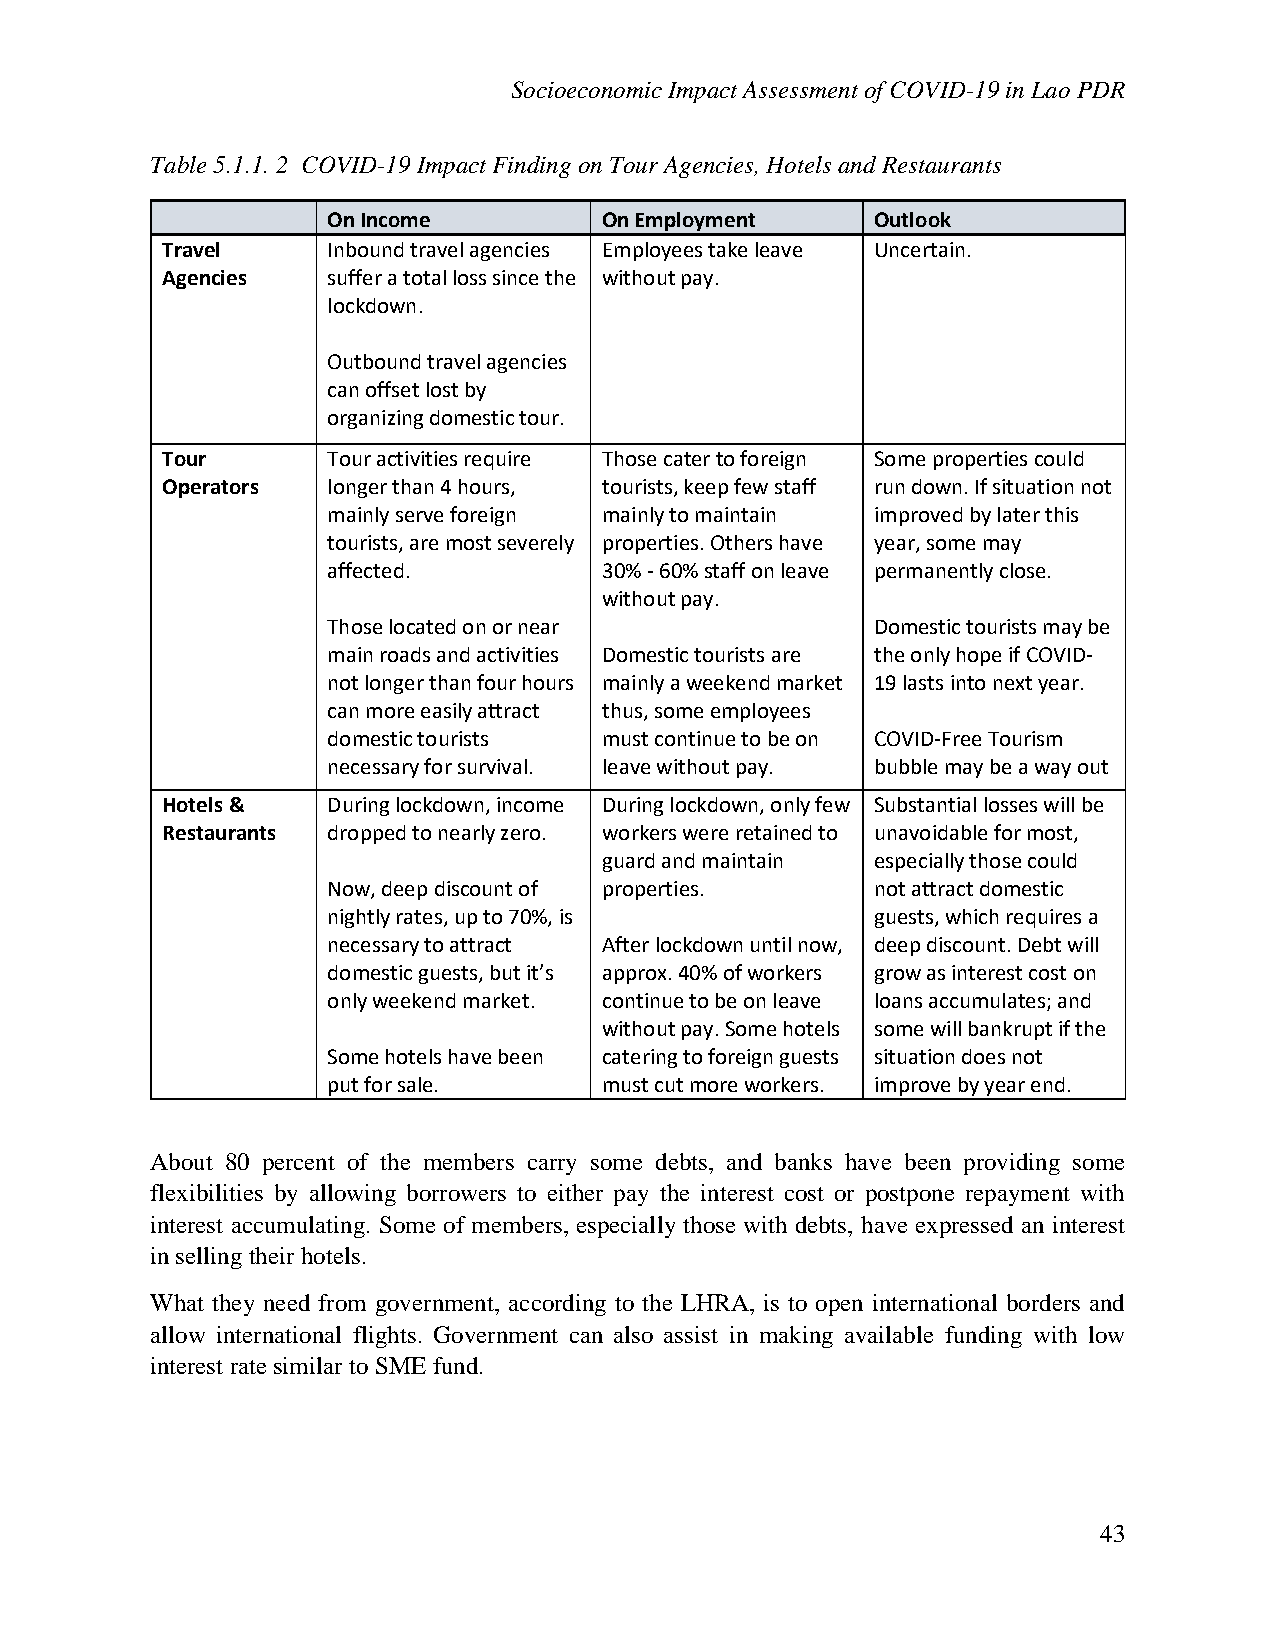
Socioeconomic Impact Assessment of COVID-19 in Lao PDR
 Table 5.1.1. 2 COVID-19 Impact Finding on Tour Agencies, Hotels and Restaurants
 On Income         On Employment     Outlook
 Travel     Inbound travel agencies Employees take leave Uncertain.
 Agencies   suffer a total loss since the without pay.
 lockdown.
 Outbound travel agencies
 can offset lost by
 organizing domestic tour.
 Tour       Tour activities require Those cater to foreign Some properties could
 Operators  longer than 4 hours, tourists, keep few staff run down. If situation not
 mainly serve foreign mainly to maintain improved by later this
 tourists, are most severely properties. Others have year, some may
 affected.         30% - 60% staff on leave permanently close.
 without pay.
 Those located on or near            Domestic tourists may be
 main roads and activities Domestic tourists are the only hope if COVID-
 not longer than four hours mainly a weekend market 19 lasts into next year.
 can more easily attract thus, some employees
 domestic tourists must continue to be on COVID-Free Tourism
 necessary for survival. leave without pay. bubble may be a way out
 Hotels &   During lockdown, income During lockdown, only few Substantial losses will be
 Restaurants dropped to nearly zero. workers were retained to unavoidable for most,
 guard and maintain especially those could
 Now, deep discount of properties.   not attract domestic
 nightly rates, up to 70%, is        guests, which requires a
 necessary to attract After lockdown until now, deep discount. Debt will
 domestic guests, but it’s approx. 40% of workers grow as interest cost on
 only weekend market. continue to be on leave loans accumulates; and
 without pay. Some hotels some will bankrupt if the
 Some hotels have been catering to foreign guests situation does not
 put for sale.     must cut more workers. improve by year end.
 About 80 percent of the members carry some debts, and banks have been providing some
 flexibilities by allowing borrowers to either pay the interest cost or postpone repayment with
 interest accumulating. Some of members, especially those with debts, have expressed an interest
 in selling their hotels.
 What they need from government, according to the LHRA, is to open international borders and
 allow international flights. Government can also assist in making available funding with low
 interest rate similar to SME fund.
 43